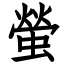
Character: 螢